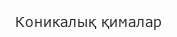
Коникалық қималар